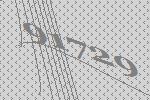
91729